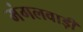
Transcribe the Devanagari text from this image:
मंगलवाड़ी